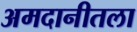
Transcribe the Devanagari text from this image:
अमदानीतला